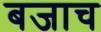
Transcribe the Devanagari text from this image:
बजाच